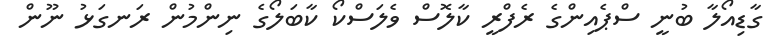
ގާޑިއޯލާ ބުނީ ސްޕެއިންގެ ރެފްރީ ކާލޮސް ވެލަސްކޯ ކާބަލޯގެ ނިންމުން ރަނގަޅު ނޫން